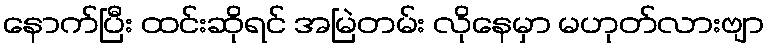
နောက်ပြီး ထင်းဆိုရင် အမြဲတမ်း လိုနေမှာ မဟုတ်လားဗျာ